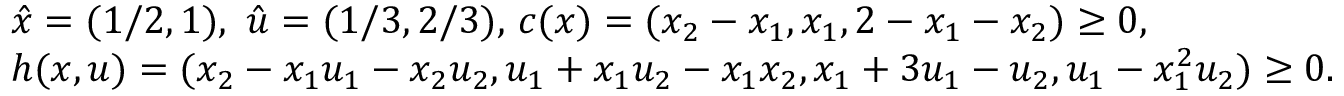
\begin{array} { r l } & { \hat { x } = ( 1 / 2 , 1 ) , \ \hat { u } = ( 1 / 3 , 2 / 3 ) , \, c ( x ) = ( x _ { 2 } - x _ { 1 } , x _ { 1 } , 2 - x _ { 1 } - x _ { 2 } ) \geq 0 , } \\ & { h ( x , u ) = ( x _ { 2 } - x _ { 1 } u _ { 1 } - x _ { 2 } u _ { 2 } , u _ { 1 } + x _ { 1 } u _ { 2 } - x _ { 1 } x _ { 2 } , x _ { 1 } + 3 u _ { 1 } - u _ { 2 } , u _ { 1 } - x _ { 1 } ^ { 2 } u _ { 2 } ) \geq 0 . } \end{array}